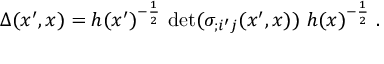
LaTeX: \Delta ( x ^ { \prime } , x ) = h ( x ^ { \prime } ) ^ { - \frac { 1 } { 2 } } ~ \mathrm { d e t } ( \sigma _ { ; i ^ { \prime } j } ( x ^ { \prime } , x ) ) ~ h ( x ) ^ { - \frac { 1 } { 2 } } \ .